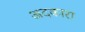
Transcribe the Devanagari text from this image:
अदकारा